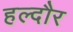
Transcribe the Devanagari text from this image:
हल्दौर